Civil Veterinary Department Bengal reports 1923-33 - 1923-1933
Year: 1923
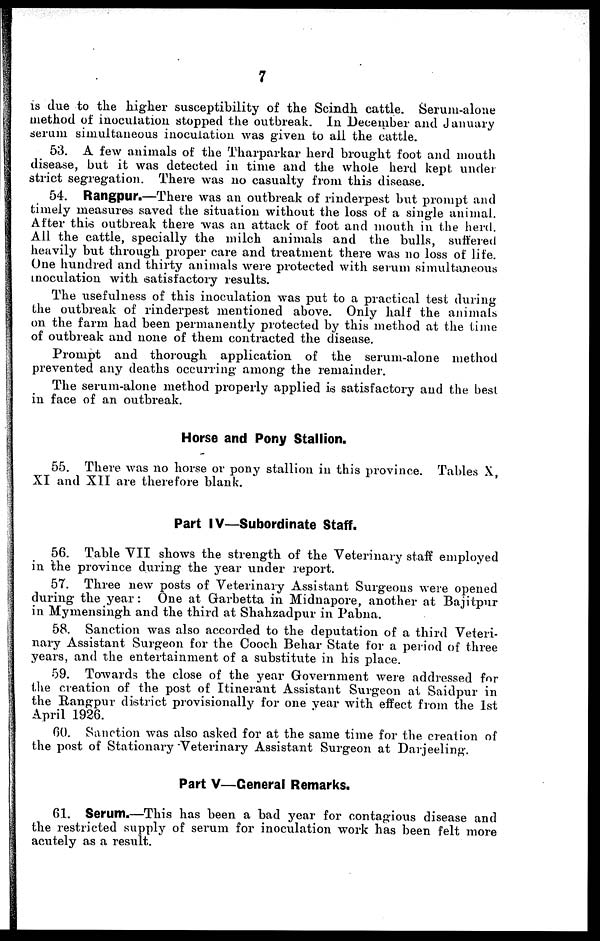
7
is clue to the higher susceptibility of the Scindh cattle. Serum-alone
method of inoculation stopped the outbreak. In December and January
serum simultaneous inoculation was given to all the cattle.
53. A few animals of the Tharparkar herd brought foot and mouth
disease, but it was detected in time and the whole herd kept under
strict segregation. There was no casualty from this disease.
54. Rangpur.—There was an outbreak of rinderpest but prompt and
timely measures saved the situation without the loss of a single animal.
After this outbreak there was an attack of foot and mouth in the herd.
All the cattle, specially the milch animals and the bulls, suffered
heavily but through proper care and treatment there was no loss of life.
One hundred and thirty animals were protected with serum simultaneous
inoculation with satisfactory results.
The usefulness of this inoculation was put to a practical test during
the outbreak of rinderpest mentioned above. Only half the animals
on the farm had been permanently protected by this method at the time
of outbreak and none of them contracted the disease.
Prompt and thorough application of the serum-alone method
prevented any deaths occurring among the remainder.
The serum-alone method properly applied is satisfactory and the best
in face of an outbreak.
Horse and Pony Stallion.
55. There was no horse or pony stallion in this province. Tables X,
XI and XII are therefore blank.
Part IV—Subordinate Staff.
56. Table VII shows the strength of the Veterinary staff employed
in the province during the year under report.
57. Three new posts of Veterinary Assistant Surgeons were opened
during the year: One at Garbetta in Midnapore, another at Bajitpur
in Mymensingh and the third at Shahzadpur in Pabna.
58. Sanction was also accorded to the deputation of a third Veteri-
nary Assistant Surgeon for the Cooch Behar State for a period of three
years, and the entertainment of a substitute in his place.
59. Towards the close of the year Government were addressed for
the creation of the post of Itinerant Assistant Surgeon at Saidpur in
the Rangpur district provisionally for one year with effect from the 1st
April 1926.
60. Sanction was also asked for at the same time for the creation of
the post of Stationary "Veterinary Assistant Surgeon at Darjeeling.
Part V—General Remarks.
61. Serum.—This has been a bad year for contagious disease and
the restricted supply of serum for inoculation work has been felt more
acutely as a result.